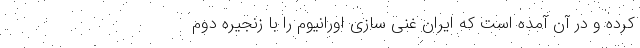
کرده و در آن آمده است که ایران غنی سازی اورانیوم را با زنجیره دوم